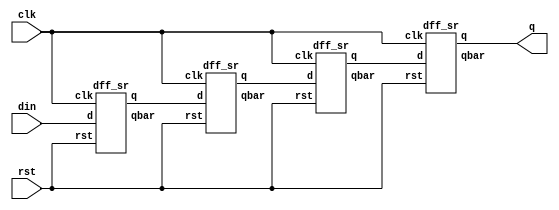
module SISO(input clk, input din, input rst, output q);
wire [7:0]t;
dff_sr m1(clk, din, rst, t[0], t[3]);
dff_sr m2(clk, t[0], rst, t[1], t[4]);
dff_sr m3(clk, t[1], rst, t[2], t[5]);
dff_sr m4(clk, t[2], rst, q, t[7]);

endmodule

module dff_sr(input clk, input d, input rst, output reg q, output reg qbar);
always@(posedge clk or posedge rst)
begin
if (rst) begin
q<=0; qbar<=1;  end

else begin
q<=d; qbar<=~d;
end

end

endmodule

module SISO_tb();
reg clk, din, rst; wire q;
SISO u1(.clk(clk), .din(din), .rst(rst), .q(q));
initial begin
	$dumpfile("siso.vcd");
	$dumpvars(-1, u1);
end

always begin
clk=~clk;#5;
end
initial begin
clk=0; rst=0; din=0;
rst=1;#5;
rst=0;#5;
din=1;#10;
din=0;#10;
din=0;#10;
din=1;#10;
din=0;#10;
#120 $finish;
end

endmodule